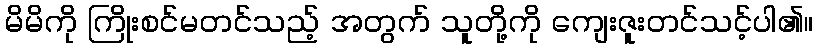
မိမိကို ကြိုးစင်မတင်သည့် အတွက် သူတို့ကို ကျေးဇူးတင်သင့်ပါ၏။